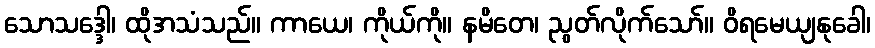
သောသဒ္ဒေါ၊ ထိုအသံသည်။ ကာယေ၊ ကိုယ်ကို။ နမိတေ၊ ညွတ်လိုက်သော်။ ဝိရမေယျနုခေါ၊